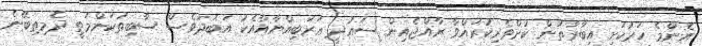
އެންމެ ހަރުކަށި އިބާރާތުން ކުށްވެރިކުރައްވާ ރާއްޖެއިން ސަޢުދީ ޢަރަބިއްޔާއާއެކު އަބަދުވެސް ސާބިތުކަންމަތީ ދެމިތިބޭނެ